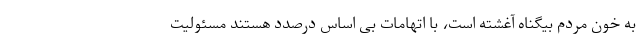
به خون مردم بیگناه آغشته است، با اتهامات بی اساس درصدد هستند مسئولیت